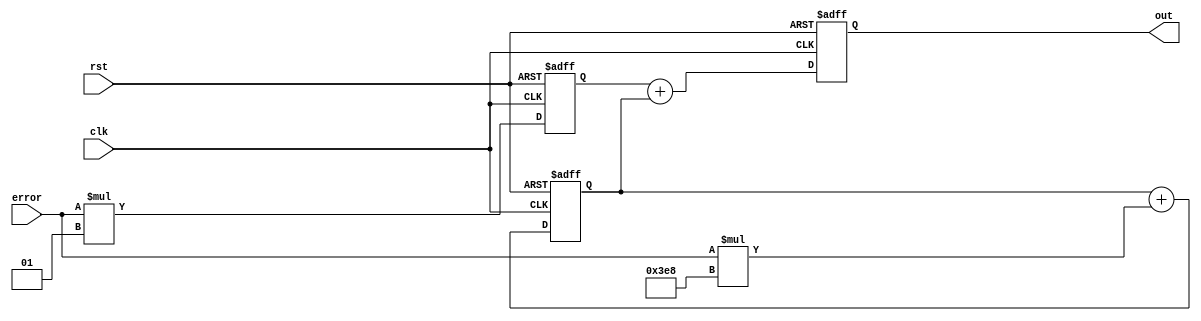
module pi_controller1(
  input wire clk,
  input wire rst,
  input wire signed [31:0] error,
  output reg signed [31:0] out
);

  parameter Kp = 1;
  parameter Ki = 1000;

  reg signed [31:0] integral = 0;
  reg signed [31:0] proportional = 0;

  always @(posedge clk or posedge rst) begin
    if (rst) begin
      integral     <= 0;
      proportional <= 0;
      out          <= 0;
    end else begin
      proportional <= error * Kp;
      integral     <= integral + error * Ki;
      out          <= proportional + integral;
    end
  end

endmodule